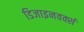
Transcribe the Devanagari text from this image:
डिजाइनवर्क्स